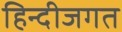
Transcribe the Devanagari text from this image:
हिन्दीजगत